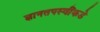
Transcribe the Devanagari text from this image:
ज्ञानतपस्वींकडे